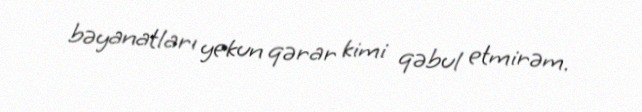
bəyanatları yekun qərar kimi qəbul etmirəm.